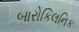
બારોકિલનિક